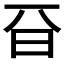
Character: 𣅆